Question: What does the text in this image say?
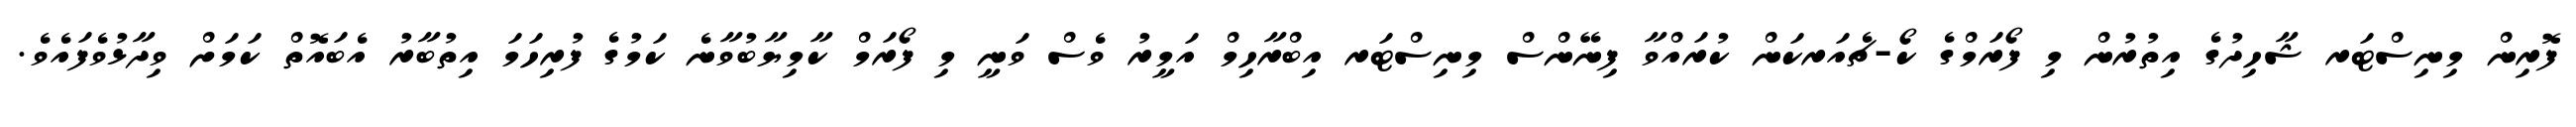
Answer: ފޮރިން މިނިސްޓަރ ޝާހިދުގެ އިތުރުން މި ފޯރަމްގެ ކޯ-ޗެއަރކަން ކުރައްވާ ފިނޭންސް މިނިސްޓަރ އިބްރާހިމް އަމީރު ވެސް ވަނީ މި ފޯރަމް ކާމިޔާބުވާނެ ކަމުގެ ފުރިހަމަ އިތުބާރު އެބައޮތް ކަމަށް ވިދާޅުވެފައެވެ.